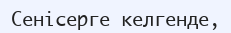
Сенісерге келгенде,